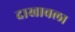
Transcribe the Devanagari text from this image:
दाखावला